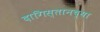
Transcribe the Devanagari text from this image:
दागिस्तानच्या